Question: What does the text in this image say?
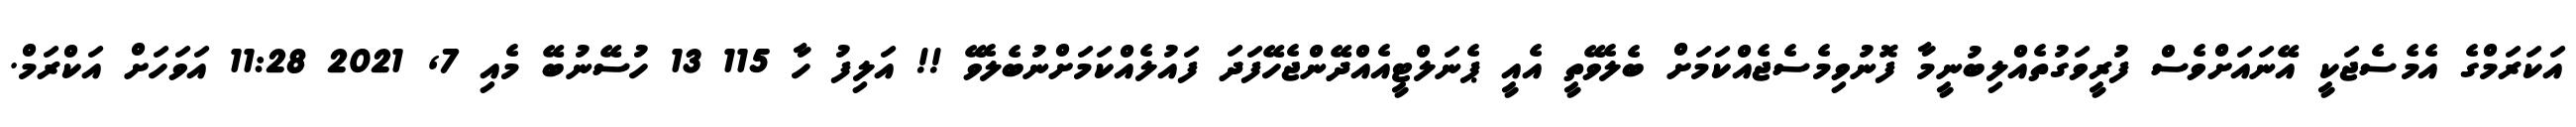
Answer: އަކަރަމްގެ އެމެސެޖަކީ އޭނައަށްވެސް ފުރީވަގުތެއްލިބުނީމާ ފޮނުވިމެސެޖެއްކަމަށް ބެލެވޭތީ އެއީ ޕެނަލްޓީއެއްދޭންޖެހޭފަދަ ފައުލެއްކަމަށްނުބެލެވޭ !! އަލިފު ހާ 115 13 ހުސޭނުބޭ މެއި 7, 2021 11:28 އަވަހަށް އަކްރަމް.